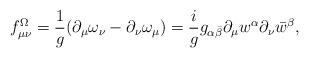
LaTeX: \begin{align*}f_{\mu\nu}^\Omega = {1 \over g} (\partial_\mu \omega_\nu - \partial_\nu \omega_\mu )= {i \over g} g_{\alpha\bar \beta} \partial_\mu w^{\alpha} \partial_\nu \bar w^{\beta} ,\end{align*}